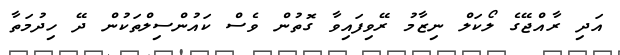
އަދި ރާއްޖޭގެ ލޯކަލް ނިޒާމު ރޭވިފައިވާ ގޮތުން ވެސް ކައުންސިލްތަކުން ދޭ ހިދުމަތާ